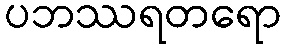
ပဘဿရတရော